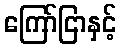
ကြော်ငြာနှင့်